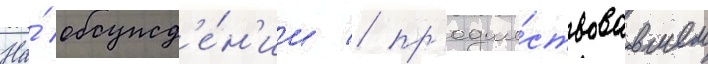
На́ обсужд'е́н'ии / пр'едше́ствовавшем